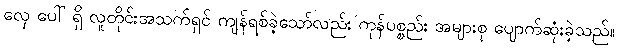
လှေ ပေါ် ရှိ လူတိုင်းအသက်ရှင် ကျန်ရစ်ခဲ့သော်လည်း ကုန်ပစ္စည်း အများစု ပျောက်ဆုံးခဲ့သည်။